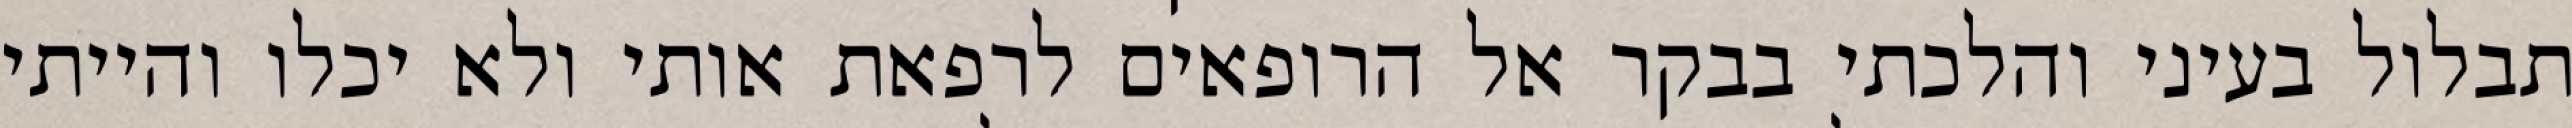
תבלול בעיני והלכתי בבקר אל הרופאים לרפאת אותי ולא יכלו והייתי